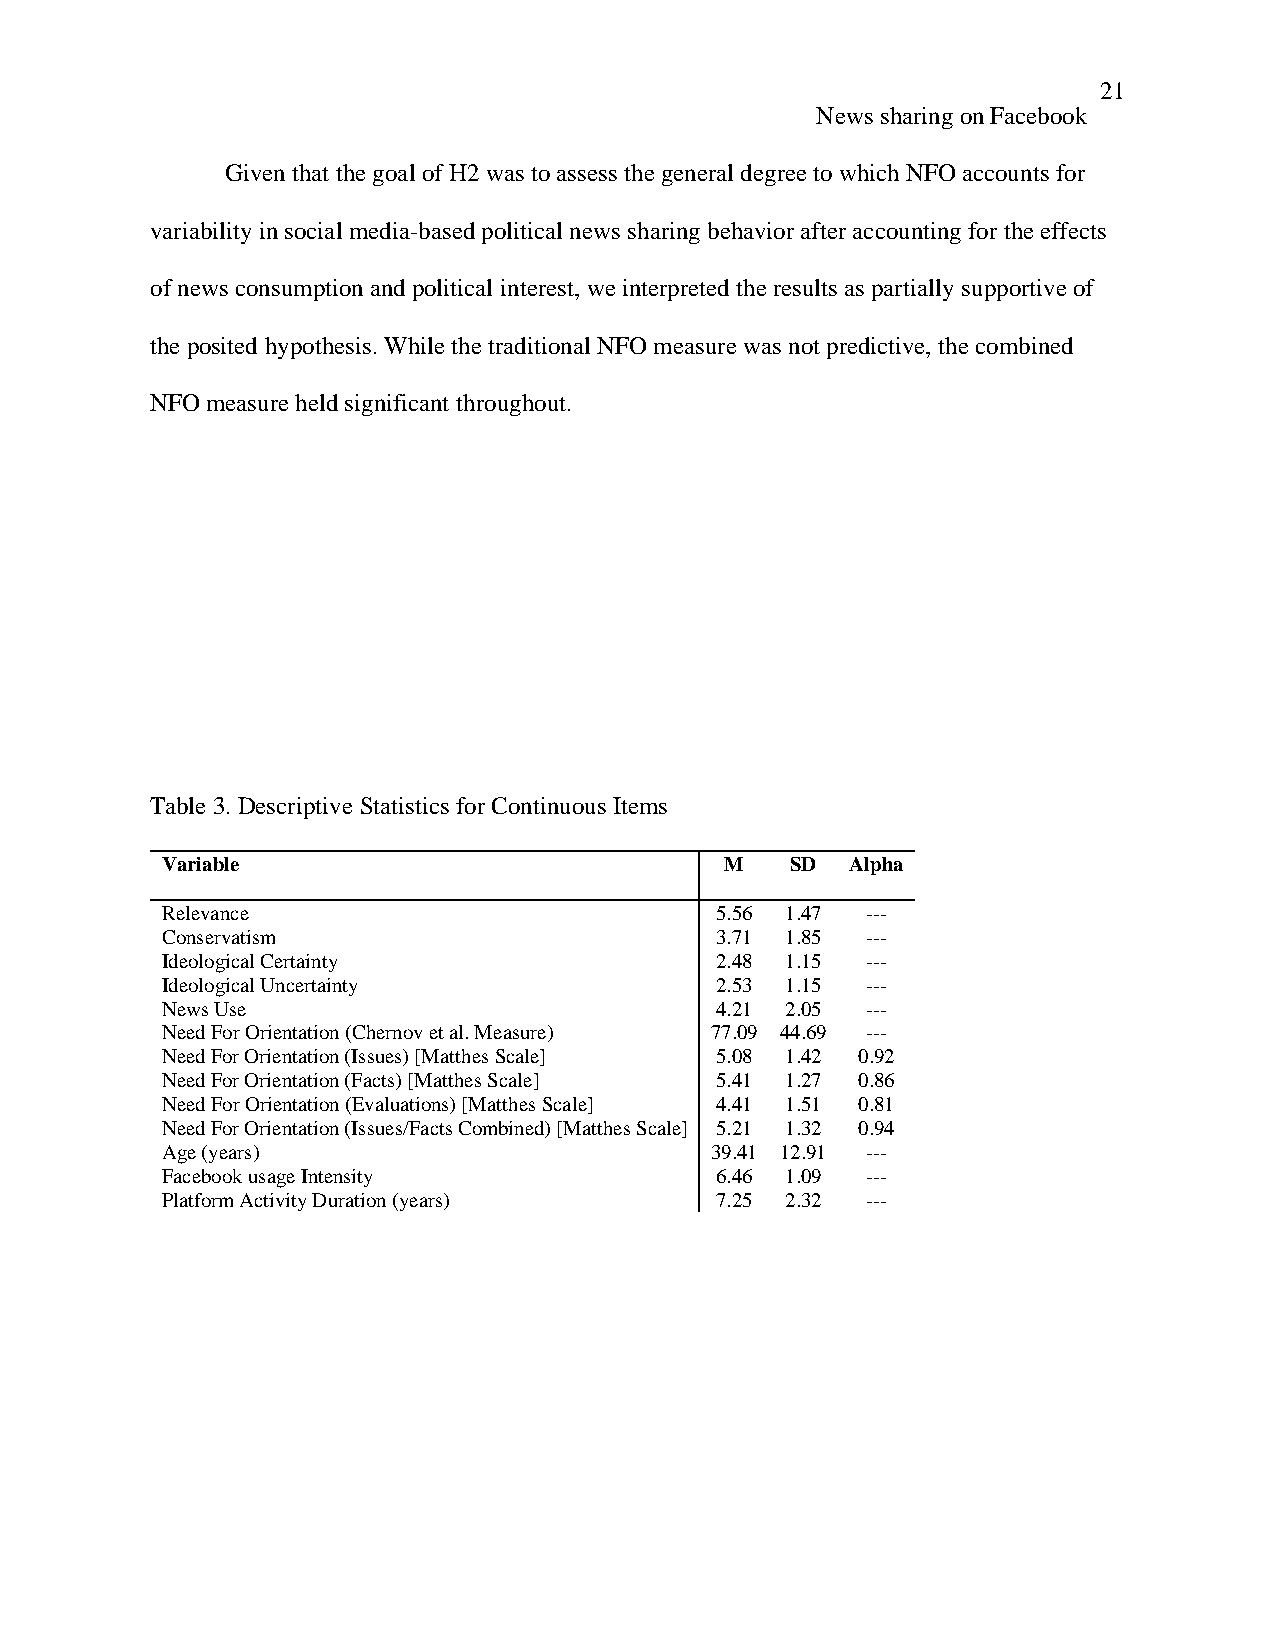
21
 News sharing on Facebook
 Given that the goal of H2 was to assess the general degree to which NFO accounts for
 variability in social media-based political news sharing behavior after accounting for the effects
 of news consumption and political interest, we interpreted the results as partially supportive of
 the posited hypothesis. While the traditional NFO measure was not predictive, the combined
 NFO measure held significant throughout.
 Table 3. Descriptive Statistics for Continuous Items
 Variable                             M   SD  Alpha
 Relevance                           5.56 1.47 ---
 Conservatism                        3.71 1.85 ---
 Ideological Certainty               2.48 1.15 ---
 Ideological Uncertainty             2.53 1.15 ---
 News Use                            4.21 2.05 ---
 Need For Orientation (Chernov et al. Measure) 77.09 44.69 ---
 Need For Orientation (Issues) [Matthes Scale] 5.08 1.42 0.92
 Need For Orientation (Facts) [Matthes Scale] 5.41 1.27 0.86
 Need For Orientation (Evaluations) [Matthes Scale] 4.41 1.51 0.81
 Need For Orientation (Issues/Facts Combined) [Matthes Scale] 5.21 1.32 0.94
 Age (years)                         39.41 12.91 ---
 Facebook usage Intensity            6.46 1.09 ---
 Platform Activity Duration (years)  7.25 2.32 ---